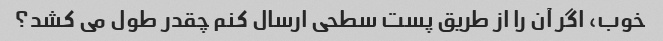
خوب، اگر آن را از طریق پست سطحی ارسال کنم چقدر طول می کشد؟